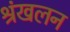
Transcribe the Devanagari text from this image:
श्रंखलन